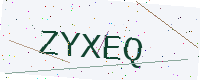
Text: ZYXEQ